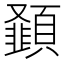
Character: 𮨝